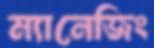
ম্যানেজিং